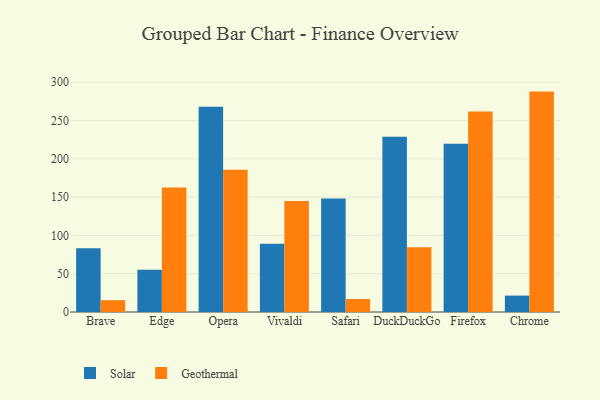
{"axis": {"x": "Browser", "y": "Churn Rate (%)"}, "legend": ["Geothermal", "Solar"], "data": [{"x": "Brave", "y": 83.2, "type": "Solar"}, {"x": "Brave", "y": 15.4, "type": "Geothermal"}, {"x": "Edge", "y": 55.1, "type": "Solar"}, {"x": "Edge", "y": 162.6, "type": "Geothermal"}, {"x": "Opera", "y": 267.9, "type": "Solar"}, {"x": "Opera", "y": 185.8, "type": "Geothermal"}, {"x": "Vivaldi", "y": 89.2, "type": "Solar"}, {"x": "Vivaldi", "y": 144.9, "type": "Geothermal"}, {"x": "Safari", "y": 148.1, "type": "Solar"}, {"x": "Safari", "y": 17.0, "type": "Geothermal"}, {"x": "DuckDuckGo", "y": 228.9, "type": "Solar"}, {"x": "DuckDuckGo", "y": 84.4, "type": "Geothermal"}, {"x": "Firefox", "y": 219.6, "type": "Solar"}, {"x": "Firefox", "y": 261.9, "type": "Geothermal"}, {"x": "Chrome", "y": 21.4, "type": "Solar"}, {"x": "Chrome", "y": 287.8, "type": "Geothermal"}]}